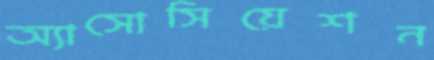
অ্যাসোসিয়েশন